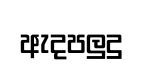
ඇදපලුදු